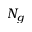
N _ { g }